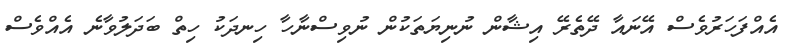
އެއްފަހަރުވެސް އޭނައާ ދޭތެރޭ އިޝާން ނުނިޔަތަކުން ނުވިސްނާހާ ހިނދަކު ހިތް ބަދަލުވާނެ އެއްވެސް